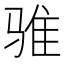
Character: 骓